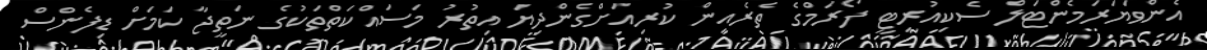
އެންވަޔަރަމެންޓަލް ސެކިއުރިޓީ ފޯރަމްގެ ތެރެއިން ކުރިއަށްގެންދިޔަ އިތުރު މަސައްކަތްތަކުގެ ނަތީޖާ ކަމަށް ޑިފެންސް